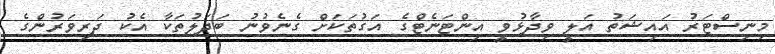
މިނިސްޓަރު އައިޝަތު އަލީ ވިދާޅުވީ އިންޓަނެޓްގެ އަގުތަކަށް ގެނެވުނު ބަދަލުތަކާ އެކު ދަރިވަރުންގެ